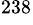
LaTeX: ^{238}